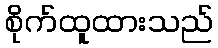
စိုက်ထူထားသည်